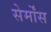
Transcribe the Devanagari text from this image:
सेर्मोंस